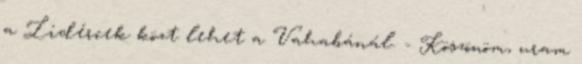
a Lidércek közt lehet a Vahabánál. - Köszönöm, uram